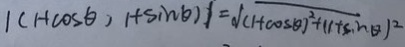
1 ( ( 1 + \cos \theta , 1 + \sin \theta ) 1 = \sqrt { ( 1 + \cos \theta ) ^ { 2 } + 1 + \sin \theta ) ^ { 2 } }